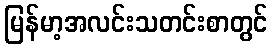
မြန်မာ့အလင်းသတင်းစာတွင်